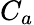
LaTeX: C_{a}